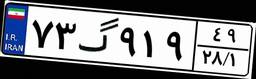
۷۳گ۹۱۹۴۹